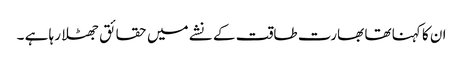
ان کا کہنا تھا بھارت طاقت کے نشے میں حقائق جھٹلا رہا ہے ۔